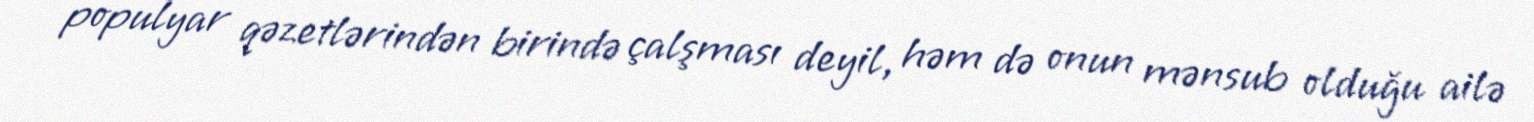
populyar qəzetlərindən birində çalşması deyil, həm də onun mənsub olduğu ailə